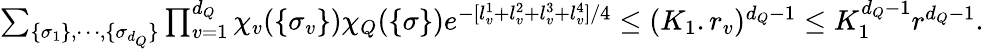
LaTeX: \begin{array}{r}{\sum_{\{ \sigma_{1}\} ,\cdots,\{ \sigma_{d_{Q}}\} }\prod_{v=1}^{d_{Q}}\chi_{v}(\{ \sigma_{v}\} )\chi_{Q}(\{ \sigma\} )e^{-[l_{v}^{1}+l_{v}^{2}+l_{v}^{3}+l_{v}^{4}]/4}\le(K_{1}.r_{v})^{d_{Q}-1}\le K_{1}^{d_{Q}-1}{r}^{d_{Q}-1}.}\end{array}